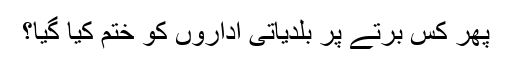
پھر کس برتے پر بلدیاتی اداروں کو ختم کیا گیا؟